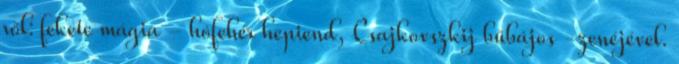
ről: fekete mágia - hófehér hepiend, Csajkovszkij bűbájos -zenéjével.